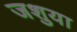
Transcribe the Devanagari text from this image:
जशुया